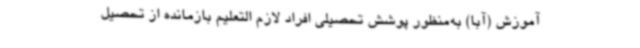
آموزش (آبا) به‌منظور پوشش تحصیلی افراد لازم التعلیم بازمانده از تحصیل